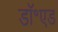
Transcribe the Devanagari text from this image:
डॉ॰एड